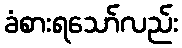
ခံစားရသော်လည်း